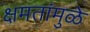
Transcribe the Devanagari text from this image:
क्षमतांमुळे